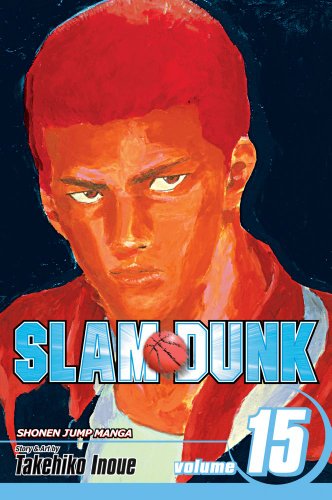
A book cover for Slam Dunk, Vol. 15; Takehiko Inoue; Comics & Graphic Novels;